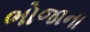
ભોજાના